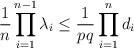
LaTeX: \begin{align*} \frac{1}{n}\prod_{i=1}^{n-1}\lambda_i \le \frac{1}{pq}\prod_{i=1}^n d_i\end{align*}